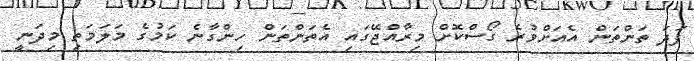
ފަދަ ތަންތަން އެއަށްވުރެ ގޯސްކޮށް މިރާއްޖޭގައި އެތަންތަން ހިންގާނެ ކަމުގެ މަލަމަތި މިދަނީ